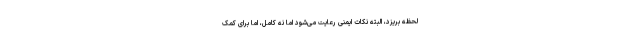
لحظه بریزد، البته نکات ایمنی رعایت می‌شود اما نه کامل، اما برای کمک